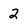
Character: 2